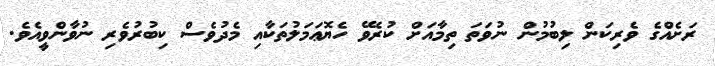
ރަށެއްގެ ވެރިކަން ލިބުމުން ނުވަތަ ތިމާއަށް ކުރެވޭ ހެޔޮޢަމަލުތަކާއި މެދުވެސް ކިބުރުވެރި ނުވާންވީއެވެ.